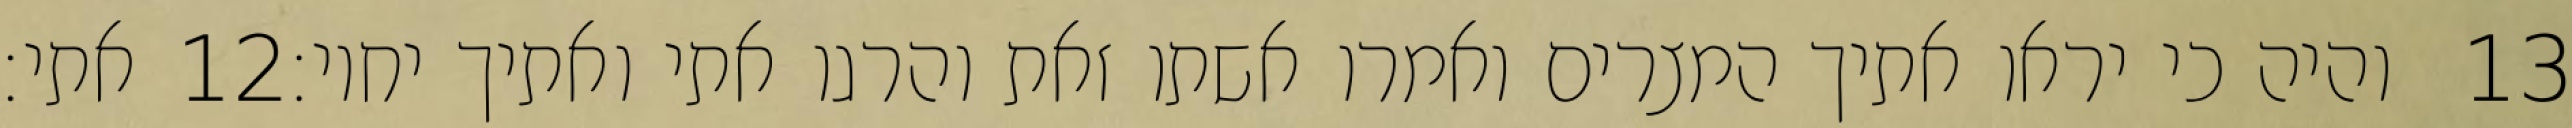
אתי׃ ‎12‏ והיה כי יראו אתיך המצרים ואמרו אשתו זאת והרגו אתי ואתיך יחיו׃ ‎13‏